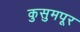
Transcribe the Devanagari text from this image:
कुसुमपूर